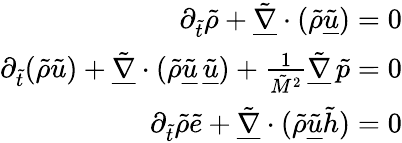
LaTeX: \begin{array}{r}{\partial_{\tilde{t}}\tilde{\rho}+\underline{{\tilde{\nabla}}}\cdot(\tilde{\rho}\underline{{\tilde{u}}})=0}\\ {\partial_{\tilde{t}}(\tilde{\rho}\tilde{u})+\underline{{\tilde{\nabla}}}\cdot(\tilde{\rho}\underline{{\tilde{u}}}\, \underline{{\tilde{u}}})+\frac{1}{\tilde{M}^{2}}\underline{{\tilde{\nabla}}}\, \tilde{p}=0}\\ {\partial_{\tilde{t}}\tilde{\rho}\tilde{e}+\underline{{\tilde{\nabla}}}\cdot(\tilde{\rho}\underline{{\tilde{u}}}\tilde{h})=0}\end{array}